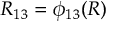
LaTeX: R _ { 1 3 } = \phi _ { 1 3 } ( R )